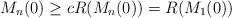
\begin{align*}M_{n}(0) & \geq cR(M_{n}(0))=R(M_{1}(0))\end{align*}